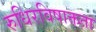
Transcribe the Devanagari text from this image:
रुधिरविषाक्तता